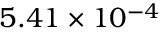
5 . 4 1 \times { 1 0 ^ { - 4 } }